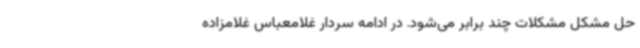
حل مشکل مشکلات چند برابر می‌شود. در ادامه سردار غلامعباس غلامزاده